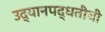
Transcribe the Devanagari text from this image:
उद्यानपद्धतीची